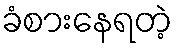
ခံစားနေရတဲ့